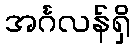
အင်္ဂလန်ရှိ